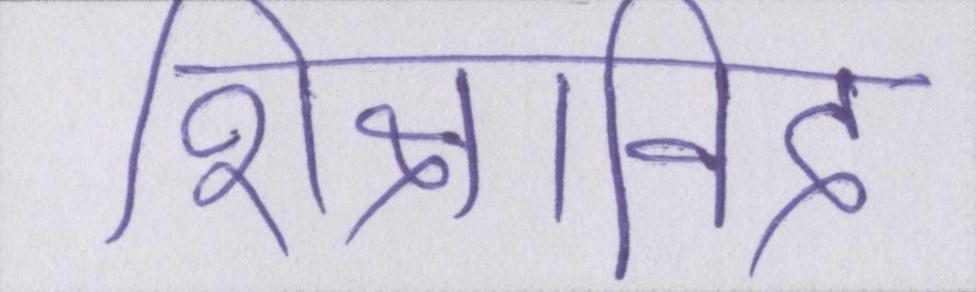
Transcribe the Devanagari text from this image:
शिक्षाविद